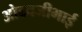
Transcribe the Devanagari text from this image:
ओढवजीभाई